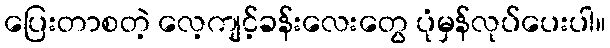
ပြေးတာစတဲ့ လေ့ကျင့်ခန်းလေးတွေ ပုံမှန်လုပ်ပေးပါ။